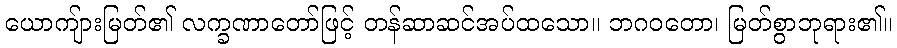
ယောကျ်ားမြတ်၏ လက္ခဏာတော်ဖြင့် တန်ဆာဆင်အပ်ထသော။ ဘဂဝတော၊ မြတ်စွာဘုရား၏။